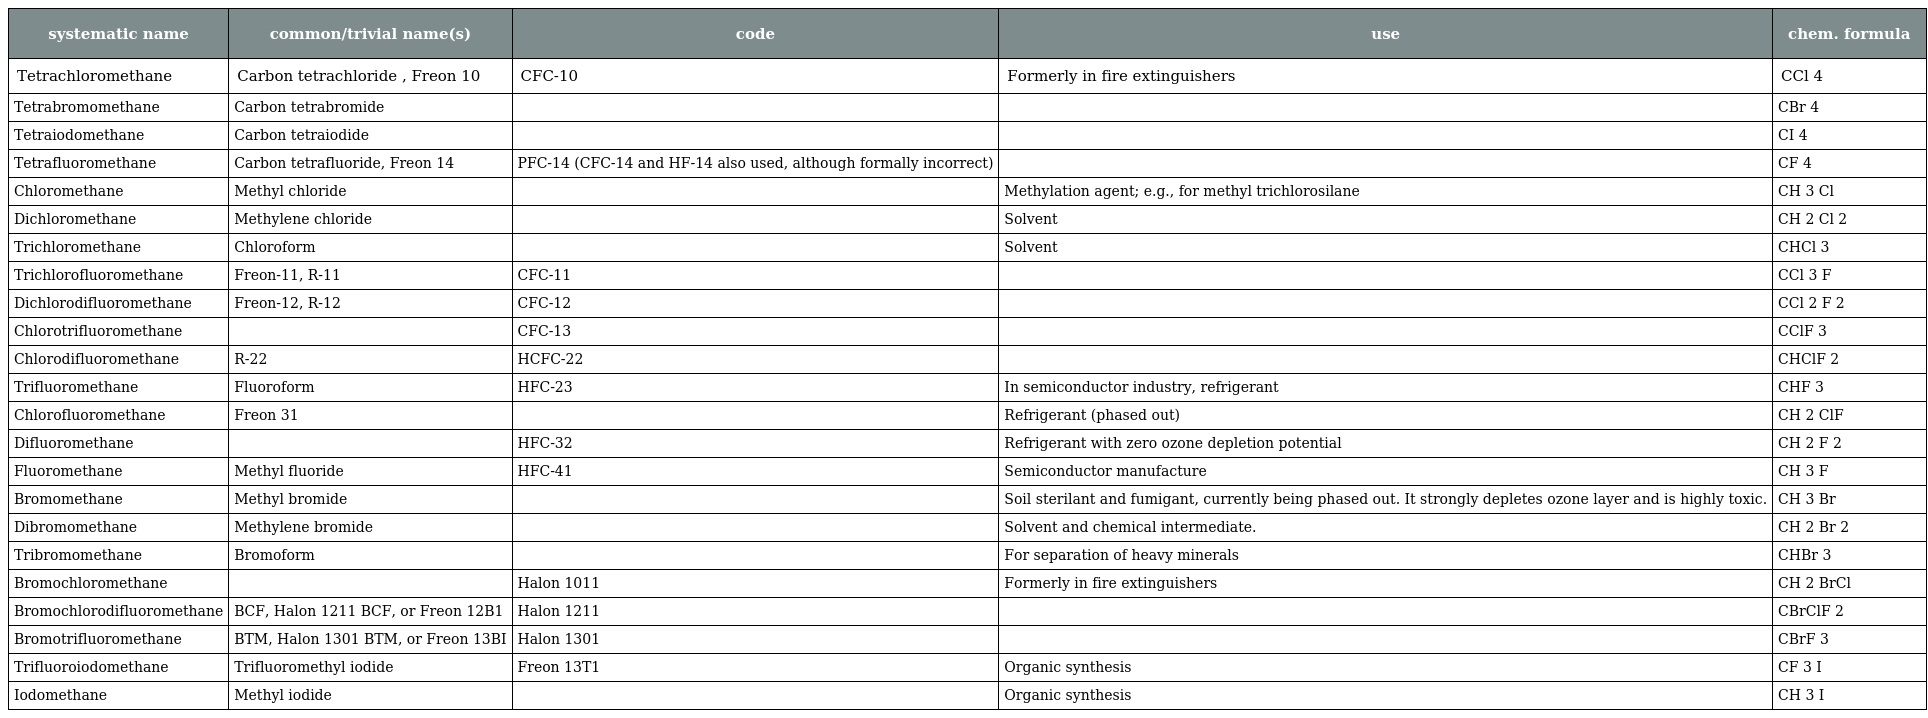
| systematic name | common/trivial name(s) | code | use | chem. formula |
 | --- | --- | --- | --- | --- |
 | Tetrachloromethane | Carbon tetrachloride , Freon 10 | CFC-10 | Formerly in fire extinguishers | CCl 4 |
 | Tetrabromomethane | Carbon tetrabromide |  |  | CBr 4 |
 | Tetraiodomethane | Carbon tetraiodide |  |  | CI 4 |
 | Tetrafluoromethane | Carbon tetrafluoride, Freon 14 | PFC-14 (CFC-14 and HF-14 also used, although formally incorrect) |  | CF 4 |
 | Chloromethane | Methyl chloride |  | Methylation agent; e.g., for methyl trichlorosilane | CH 3 Cl |
 | Dichloromethane | Methylene chloride |  | Solvent | CH 2 Cl 2 |
 | Trichloromethane | Chloroform |  | Solvent | CHCl 3 |
 | Trichlorofluoromethane | Freon-11, R-11 | CFC-11 |  | CCl 3 F |
 | Dichlorodifluoromethane | Freon-12, R-12 | CFC-12 |  | CCl 2 F 2 |
 | Chlorotrifluoromethane |  | CFC-13 |  | CClF 3 |
 | Chlorodifluoromethane | R-22 | HCFC-22 |  | CHClF 2 |
 | Trifluoromethane | Fluoroform | HFC-23 | In semiconductor industry, refrigerant | CHF 3 |
 | Chlorofluoromethane | Freon 31 |  | Refrigerant (phased out) | CH 2 ClF |
 | Difluoromethane |  | HFC-32 | Refrigerant with zero ozone depletion potential | CH 2 F 2 |
 | Fluoromethane | Methyl fluoride | HFC-41 | Semiconductor manufacture | CH 3 F |
 | Bromomethane | Methyl bromide |  | Soil sterilant and fumigant, currently being phased out. It strongly depletes ozone layer and is highly toxic. | CH 3 Br |
 | Dibromomethane | Methylene bromide |  | Solvent and chemical intermediate. | CH 2 Br 2 |
 | Tribromomethane | Bromoform |  | For separation of heavy minerals | CHBr 3 |
 | Bromochloromethane |  | Halon 1011 | Formerly in fire extinguishers | CH 2 BrCl |
 | Bromochlorodifluoromethane | BCF, Halon 1211 BCF, or Freon 12B1 | Halon 1211 |  | CBrClF 2 |
 | Bromotrifluoromethane | BTM, Halon 1301 BTM, or Freon 13BI | Halon 1301 |  | CBrF 3 |
 | Trifluoroiodomethane | Trifluoromethyl iodide | Freon 13T1 | Organic synthesis | CF 3 I |
 | Iodomethane | Methyl iodide |  | Organic synthesis | CH 3 I |